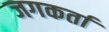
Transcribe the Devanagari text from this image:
जगकर्ता